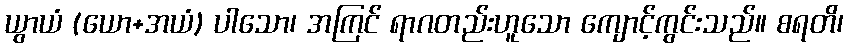
ယွာယံ (ယော+အယံ) ပါသော၊ အကြင် ရာဂတည်းဟူသော ကျောင့်ကွင်းသည်။ စရတိ၊